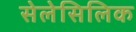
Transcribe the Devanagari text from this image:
सेलेसिलिक